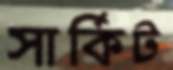
সার্কিট